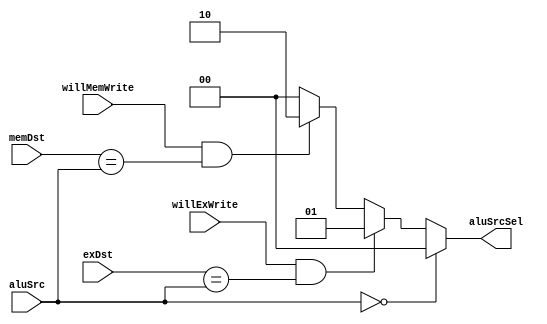
module ForwardToALU(aluSrcSel,aluSrc, exDst, memDst,willExWrite, willMemWrite); // two instences is required for two alu input
    output[1:0] aluSrcSel; // 0=no forwarding; 1=from EX; 2=from MEM; 3=unused
    input[3:0] aluSrc, exDst, memDst;
    input willExWrite, willMemWrite;
    wire forwardFromEx, forwardFromMem;

    assign forwardFromEx  = willExWrite  & (exDst==aluSrc);
    assign forwardFromMem = willMemWrite & (memDst==aluSrc);
    assign aluSrcSel = aluSrc==4'b0   ? 2'b00 :
                       forwardFromEx  ? 2'b01 :
                       forwardFromMem ? 2'b10 :
                       /* else */       2'b00 ;
endmodule

module ForwardToMem(memSrcSel,memSrc, wbDst,willWrite);
    output memSrcSel; // 0=no forwarding; 1=from MEM/WB
    input[3:0] memSrc, wbDst;
    input willWrite; // if RF will be written in WB stage

    assign memSrcSel = (memSrc != 4'b0)  &
                       (memSrc == wbDst) &
                       (willWrite);
endmodule

module ForwardToBranchRegister(brSrcSel,brSrc, aluDst, exDst,willAluWrite, willExWrite);
    output[1:0] brSrcSel; // 0=no forwarding; 1=from ALU(ID/EX); 2=from EX/MEM; 3=unused
    input [3:0] brSrc, aluDst, exDst;
    input willAluWrite, willExWrite;

    wire fromAlu, fromEx, fromMem;
    assign fromAlu = (brSrc == aluDst) & willAluWrite;
    assign fromEx  = (brSrc == exDst)  & willExWrite;
    assign brSrcSel = brSrc == 4'b0 ? 2'b00 :
                      fromAlu       ? 2'b01 :
                      fromEx        ? 2'b10 :
                      /* else */      2'b00 ;
endmodule